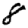
Digit: 8